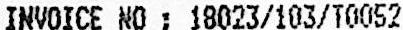
INVOICE NO : 18023/103/T0052